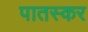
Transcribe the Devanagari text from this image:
पातस्कर